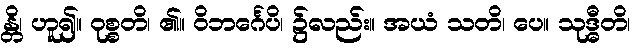
န္တိ၊ ဟူ၍။ ဝုစ္စတိ၊ ၏။ ဝိဘင်္ဂေပိ၊ ၌လည်း။ အယံ သတိ၊ ပေ။ သုဒ္ဓီတိ၊